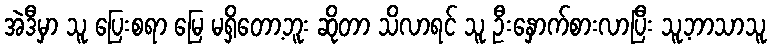
အဲဒီမှာ သူ ပြေးစရာ မြေ မရှိတော့ဘူး ဆိုတာ သိလာရင် သူ ဦးနှောက်စားလာပြီး သူ့ဘာသာသူ